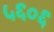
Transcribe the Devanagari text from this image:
५६०६